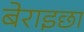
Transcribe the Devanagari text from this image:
बेराइछा